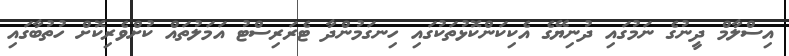
އިސްލާމް ދީނުގެ ނަމުގައި ދުނިޔޭގެ އެކިކަންކޮޅުތަކުގައި ހިނގަމުންދާ ޓެރަރިސްޓު އަމަލުތައް ކުށްވެރިކޮށް ހުތުބާގައި